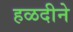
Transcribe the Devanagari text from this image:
हळदीने